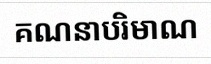
គណនាបរិមាណ